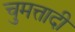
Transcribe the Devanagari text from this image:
चुमत्तादी